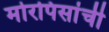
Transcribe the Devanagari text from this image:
मोरपिसांची